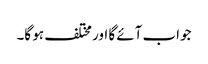
جواب آئے گا اور مختلف ہو گا۔